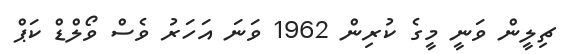
ޗިލީން ވަނީ މީގެ ކުރިން 1962 ވަނަ އަހަރު ވެސް ވޯލްޑް ކަޕް